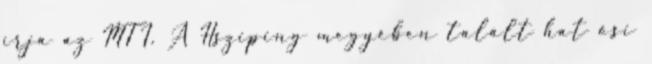
írja az MTI. A Hsziping megyében talált hat ősi